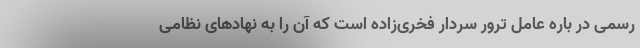
رسمی در باره عامل ترور سردار فخری‌زاده است که آن را به نهادهای نظامی